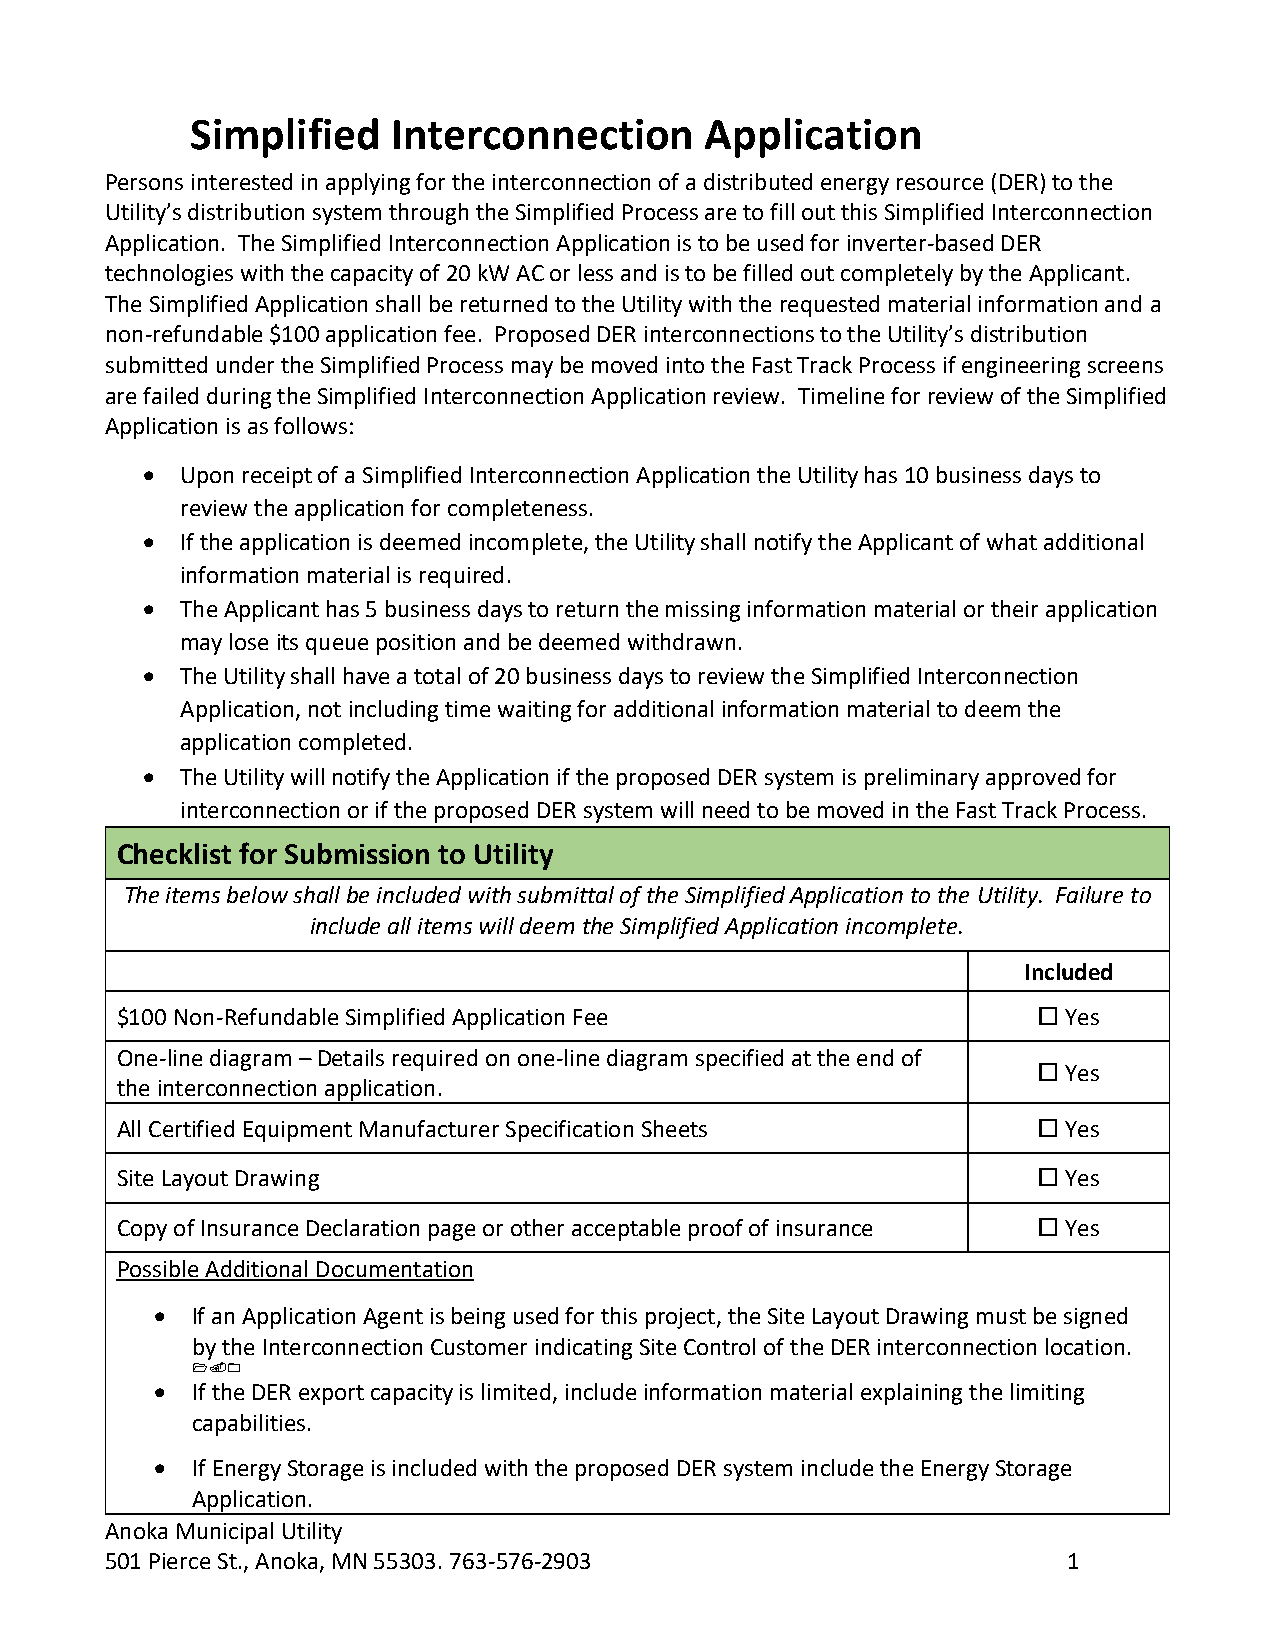
Simplified   Interconnection      Application
 Persons interested in applying for the interconnection of a distributed energy resource (DER) to the
 Utility’s distribution system through the Simplified Process are to fill out this Simplified Interconnection
 Application. The Simplified Interconnection Application is to be used for inverter-based DER
 technologies with the capacity of 20 kW AC or less and is to be filled out completely by the Applicant.
 The Simplified Application shall be returned to the Utility with the requested material information and a
 non-refundable $100 application fee. Proposed DER interconnections to the Utility’s distribution
 submitted under the Simplified Process may be moved into the Fast Track Process if engineering screens
 are failed during the Simplified Interconnection Application review. Timeline for review of the Simplified
 Application is as follows:
   Upon receipt of a Simplified Interconnection Application the Utility has 10 business days to
 review the application for completeness.
   If the application is deemed incomplete, the Utility shall notify the Applicant of what additional
 information material is required.
   The Applicant has 5 business days to return the missing information material or their application
 may lose its queue position and be deemed withdrawn.
   The Utility shall have a total of 20 business days to review the Simplified Interconnection
 Application, not including time waiting for additional information material to deem the
 application completed.
   The Utility will notify the Application if the proposed DER system is preliminary approved for
 interconnection or if the proposed DER system will need to be moved in the Fast Track Process.
 Checklist for Submission to Utility
 The items below shall be included with submittal of the Simplified Application to the Utility. Failure to
 include all items will deem the Simplified Application incomplete.
 Included
 $100 Non-Refundable Simplified Application Fee                Yes
 One-line diagram – Details required on one-line diagram specified at the end of
  Yes  
 the interconnection application.
 All Certified Equipment Manufacturer Specification Sheets     Yes  
 Site Layout Drawing                                           Yes  
 Copy of Insurance Declaration page or other acceptable proof of insurance  Yes 
 Possible Additional Documentation
   If an Application Agent is being used for this project, the Site Layout Drawing must be signed
 by the Interconnection Customer indicating Site Control of the DER interconnection location.
   
   If the DER export capacity is limited, include information material explaining the limiting
 capabilities.
 
   If Energy Storage is included with the proposed DER system include the Energy Storage
 Application.
 Anoka Municipal Utility
 501 Pierce St., Anoka, MN 55303. 763-576-2903                   1